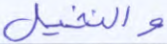
والنخيل